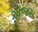
એજસ